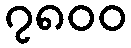
၇၈၀၀